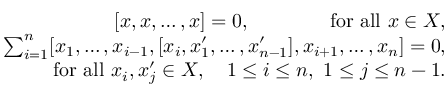
\begin{array} { r } { [ x , x , \ldots , x ] = 0 , \qquad \qquad \mathrm { f o r ~ a l l ~ } x \in X , } \\ { \sum _ { i = 1 } ^ { n } [ x _ { 1 } , \ldots , x _ { i - 1 } , [ x _ { i } , x _ { 1 } ^ { \prime } , \ldots , x _ { n - 1 } ^ { \prime } ] , x _ { i + 1 } , \ldots , x _ { n } ] = 0 , } \\ { \qquad \qquad \mathrm { f o r ~ a l l ~ } x _ { i } , x _ { j } ^ { \prime } \in X , \quad 1 \leq i \leq n , ~ 1 \leq j \leq n - 1 . } \end{array}